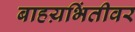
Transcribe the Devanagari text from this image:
बाहय़भिंतीवर